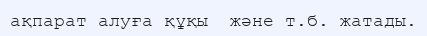
ақпарат алуға құқы  және т.б. жатады.